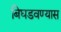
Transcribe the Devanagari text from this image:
बिघडवण्यास